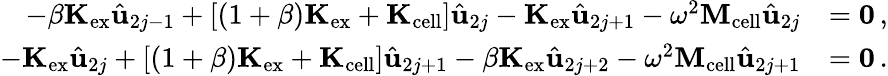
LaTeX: \begin{array}{rl}{-\beta\mathbf{K}_{\mathrm{ex}}\hat{\mathbf{u}}_{2j-1}+[(1+\beta)\mathbf{K}_{\mathrm{ex}}+\mathbf{K}_{\mathrm{cell}}]\hat{\mathbf{u}}_{2j}-\mathbf{K}_{\mathrm{ex}}\hat{\mathbf{u}}_{2j+1}-\omega^{2}\mathbf{M}_{\mathrm{cell}}\hat{\mathbf{u}}_{2j}}&{=\mathbf{0}\, ,}\\ {-\mathbf{K}_{\mathrm{ex}}\hat{\mathbf{u}}_{2j}+[(1+\beta)\mathbf{K}_{\mathrm{ex}}+\mathbf{K}_{\mathrm{cell}}]\hat{\mathbf{u}}_{2j+1}-\beta\mathbf{K}_{\mathrm{ex}}\hat{\mathbf{u}}_{2j+2}-\omega^{2}\mathbf{M}_{\mathrm{cell}}\hat{\mathbf{u}}_{2j+1}}&{=\mathbf{0}\, .}\end{array}